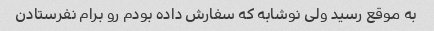
به موقع رسید ولی نوشابه که سفارش داده بودم رو برام نفرستادن